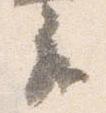
座